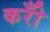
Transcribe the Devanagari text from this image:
करोँ